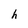
Character: h